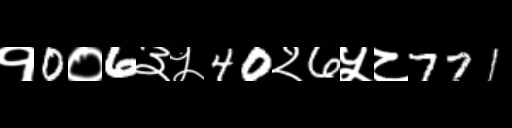
Text: १0०6३५40२6५८771